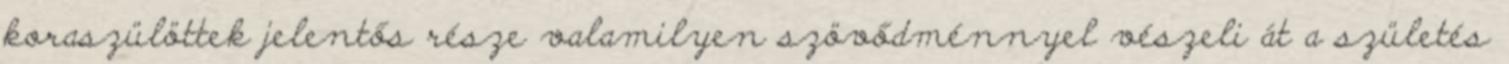
koraszülöttek jelentős része valamilyen szövődménnyel vészeli át a születés